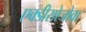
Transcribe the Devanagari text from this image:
एक्डीसोजोवा